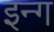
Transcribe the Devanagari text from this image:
इन्ग